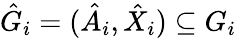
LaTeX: \hat{G}_{i}=(\hat{A}_{i},\hat{X}_{i})\subseteq G_{i}